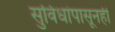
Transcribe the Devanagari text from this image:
सुविधांपासूनही